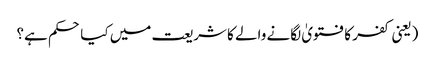
(یعنی کفر کا فتویٰ لگانے والے کا شریعت میں کیا حکم ہے؟